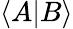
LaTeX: \langle A|B\rangle